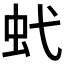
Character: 𧈺